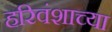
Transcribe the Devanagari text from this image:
हरिवंशाच्या